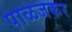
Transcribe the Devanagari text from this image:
पाळजकर